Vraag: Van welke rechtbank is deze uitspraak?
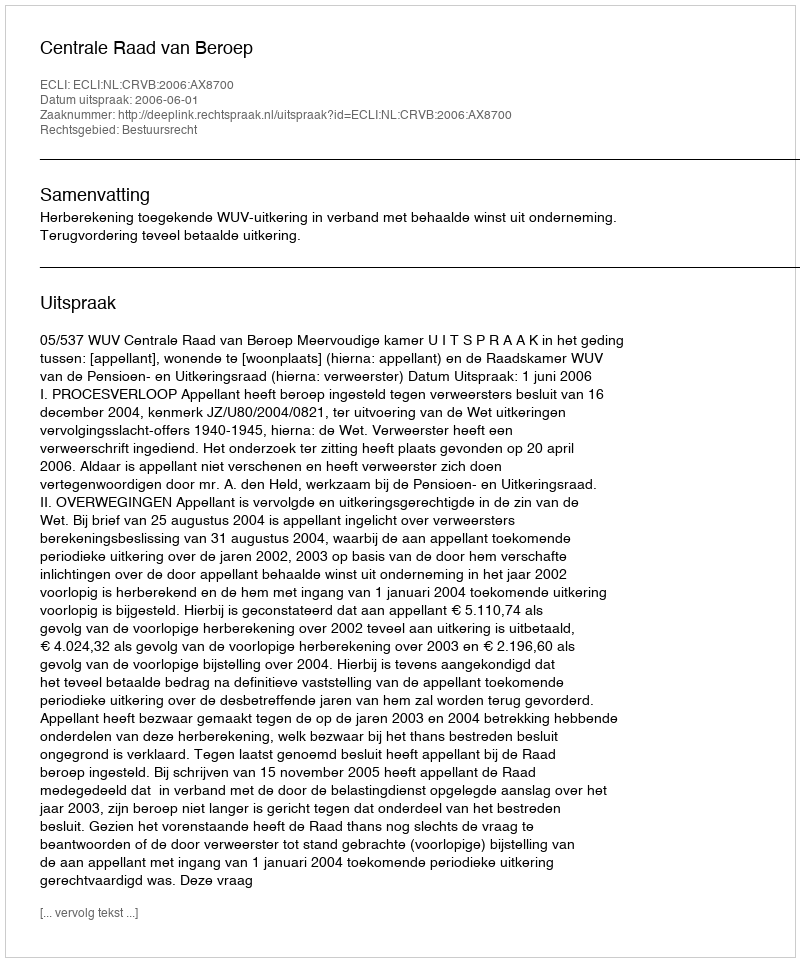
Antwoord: Centrale Raad van Beroep